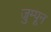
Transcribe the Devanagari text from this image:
जुम्पून